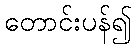
တောင်းပန်၍